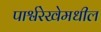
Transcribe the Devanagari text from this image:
पार्श्वरेखेमधील